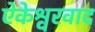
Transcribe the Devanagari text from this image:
ऐकेश्वरवाद